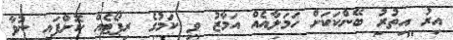
އިރު އިތުރު ބޭންކަކަށް ހަމަލާއެއް އަމާޒު ވި ކަމުގެ ރިޕޯޓެއް ކޮށްފައި ނުވާ